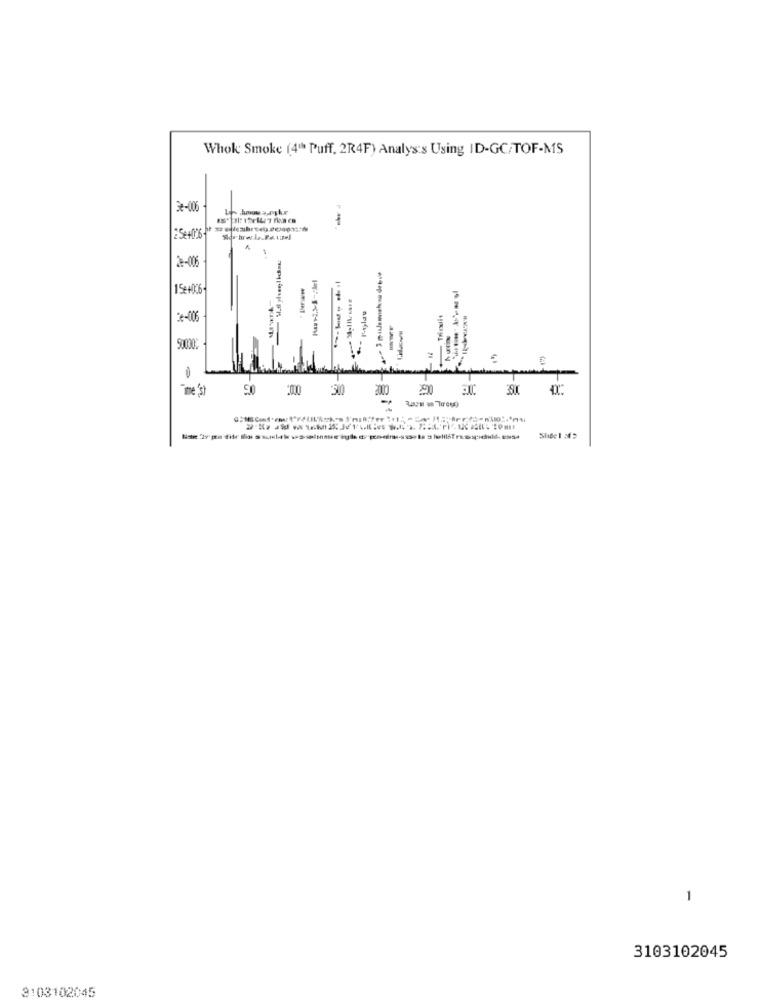
Whok: Smoke (4" Puff, 2R4F) Analys's Using ID-GC/TOF-MS
3e-006
2 :- 006
15+036
Triedit
28-006
------
50030
=
:000
300
39.C
2000
= ==== Tres)
Slide 1 &2
1
3103102045
3103102045